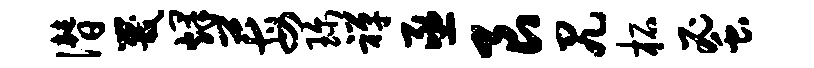
僭咒烽莓珍禅亟艮尻柘蜜